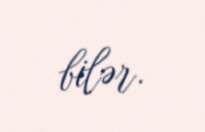
bilər.